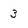
Character: 3